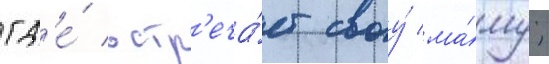
гд'е́ встр'еча́ет своу́ ма́му;